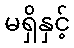
မရှိနှင့်